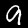
Digit: 9